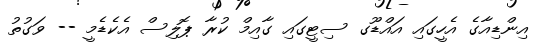
އިންޑިއާގެ އެހީގައި އައްޑޫގ ސިޓީގައި ގާއިމް ކުރާ ޕޮލިސް އެކެޑެމީ -- ވަގުތު